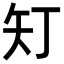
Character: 𭿽